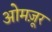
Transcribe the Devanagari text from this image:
ओमज़ूर